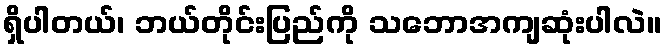
ရှိပါတယ်၊ ဘယ်တိုင်းပြည်ကို သဘောအကျဆုံးပါလဲ။